Report on vaccination North-West Frontier Province 1904-1922 - 1904-1922
Year: 1904
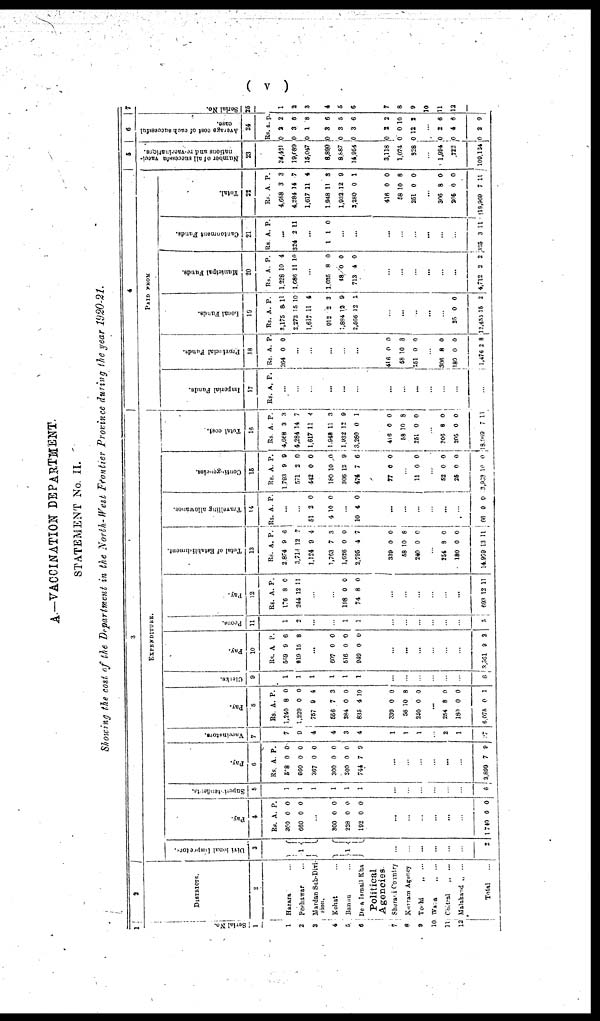
( v )
A.—VACCINATION DEPARTMENT.
STATEMENT No. II.
Showing the cost of the Department in the North-West Frontier Province during the year 1920-21.
1
Serial No.
1
1
2
3
4
5
6
7
8
9
10
11
12
2
DISTRICTS.
2
Hazara ...
Peshawar ...
Mardan Sub-Divi¬
sion.
Kohat ...
Bannu ...
Dera Ismail Khan
Political
Agencies.
Sherani Country
Kurram Agency
Tochi
„ ...
Wana
„ ...
Chitral
„
...
Malakand „
...
Total ...
3
EXPENDITURE.
Divisional Inspector.
3
1
1
...
...
...
...
...
...
2
Pay.
4
Rs.
360
660
A.
0
0
P.
0
0
...
300
228
192
0
0
0
0
0
0
...
...
...
...
...
...
1,740 0 0
Superintendents.
5
1
1
1
1
1
1
...
...
...
...
...
...
6
Pay.
6
Rs.
528
600
367
300
300
744
A.
0
0
0
0
0
7
P.
0
0
0
0
0
9
...
...
...
...
...
...
2,899 7 9
Vaccinators.
7
7
9
4
4
3
4
1
1
1
...
2
1
27
Pay.
8
Rs.
1,240
1,229
757
558
384
835
A.
8
0
9
7
0
4
P.
0
0
4
3
0
10
339
58
240
0
10
0
0
8
0
...
254
180
6,075
8
0
0
0
0
1
Clerks.
9
1
1
1
1
1
1
...
...
...
...
...
...
6
Pay.
10
Rs.
569
919
A.
9
15
P.
6
8
...
607
516
949
0
0
0
0
0
0
...
...
...
...
...
...
3,561 9 2
Peons.
11
1
2
...
...
1
1
...
...
...
...
...
...
5
Pay.
12
Rs.
176
244
A.
8
12
P.
0
11
...
...
198
74
0
8
0
0
...
...
...
...
...
...
693 12 11
Total of Establishment.
13
Rs.
2,874
3,713
1,124
1,763
1,626
2,795
A.
9
12
9
7
0
4
P.
6
7
4
3
0
7
339
58
240
0
10
0
0
8
0
...
254
180
14,959
8
0
13
0
0
11
Travelling allowance.
14
Rs. A. P.
...
...
51
4
2
10
0
0
...
10 4 0
...
...
...
...
...
...
66 0 0
Contingencies.
15
Rs.
1,793
571
442
180
306
474
A.
9
2
0
10
12
7
P.
9
0
0
0
9
6
77 0 0
...
11 0 0
...
52
25
3,933
0
0
10
0
0
0
Total cost.
16
Rs.
4,668
4,284
1,617
1,948
1,932
3,280
A.
3
14
11
11
12
0
P.
3
7
4
3
9
1
416
58
251
0
10
0
0
8
0
...
306
205
8,052
8
0
7
0
0
11
4
PAID FROM
Imperial Funds.
17
Rs. A. P.
...
...
...
...
...
...
...
...
...
...
...
...
...
Provincial Funds.
18
Rs.
264
A.
0
P.
0
...
...
...
...
...
416
58
251
0
10
0
0
8
0
...
306
180
1,476
8
0
2
0
0
8
Local Funds.
19
Rs.
3,175
2,273
1,617
912
1,884
2,566
A.
8
15
11
2
12
12
P.
11
10
4
3
9
1
...
...
...
...
...
25
12,455
0
15
0
2
Municipal Funds.
20
Rs.
1,228
1,686
A.
10
11
P.
4
10
...
1,035
48
713
8
0
4
0
0
0
...
...
...
...
...
...
4,712 3 2
Cantonment Funds.
21
Rs. A. P.
...
324 2 11
...
1 1 0
...
...
...
...
...
...
...
...
325 3 11
Total.
22
Rs.
4,668
4,284
1,617
1,948
1,932
3,280
A.
3
14
11
11
12
0
P.
3
7
4
3
9
1
416
58
251
0
10
0
0
8
0
...
306
205
118,969
8
0
7
0
0
11
5
Number of all successful vacci¬
nations and re-vaccinations.
23
34,421
19,689
15,047
8,890
8,887
14,954
3,118
1,074
328
...
1,994
722
109,124
6
Average cost of each successful
case.
24
Rs.
0
0
0
0
0
0
a.
2
3
1
3
3
3
p.
2
6
8
6
5
6
0
0
0
2
0
12
2
10
2
...
0
0
0
2
4
2
6
6
9
7
Serial No.
25
1
2
3
4
5
6
7
8
9
10
11
12